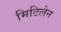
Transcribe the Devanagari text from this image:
मिटिलेन